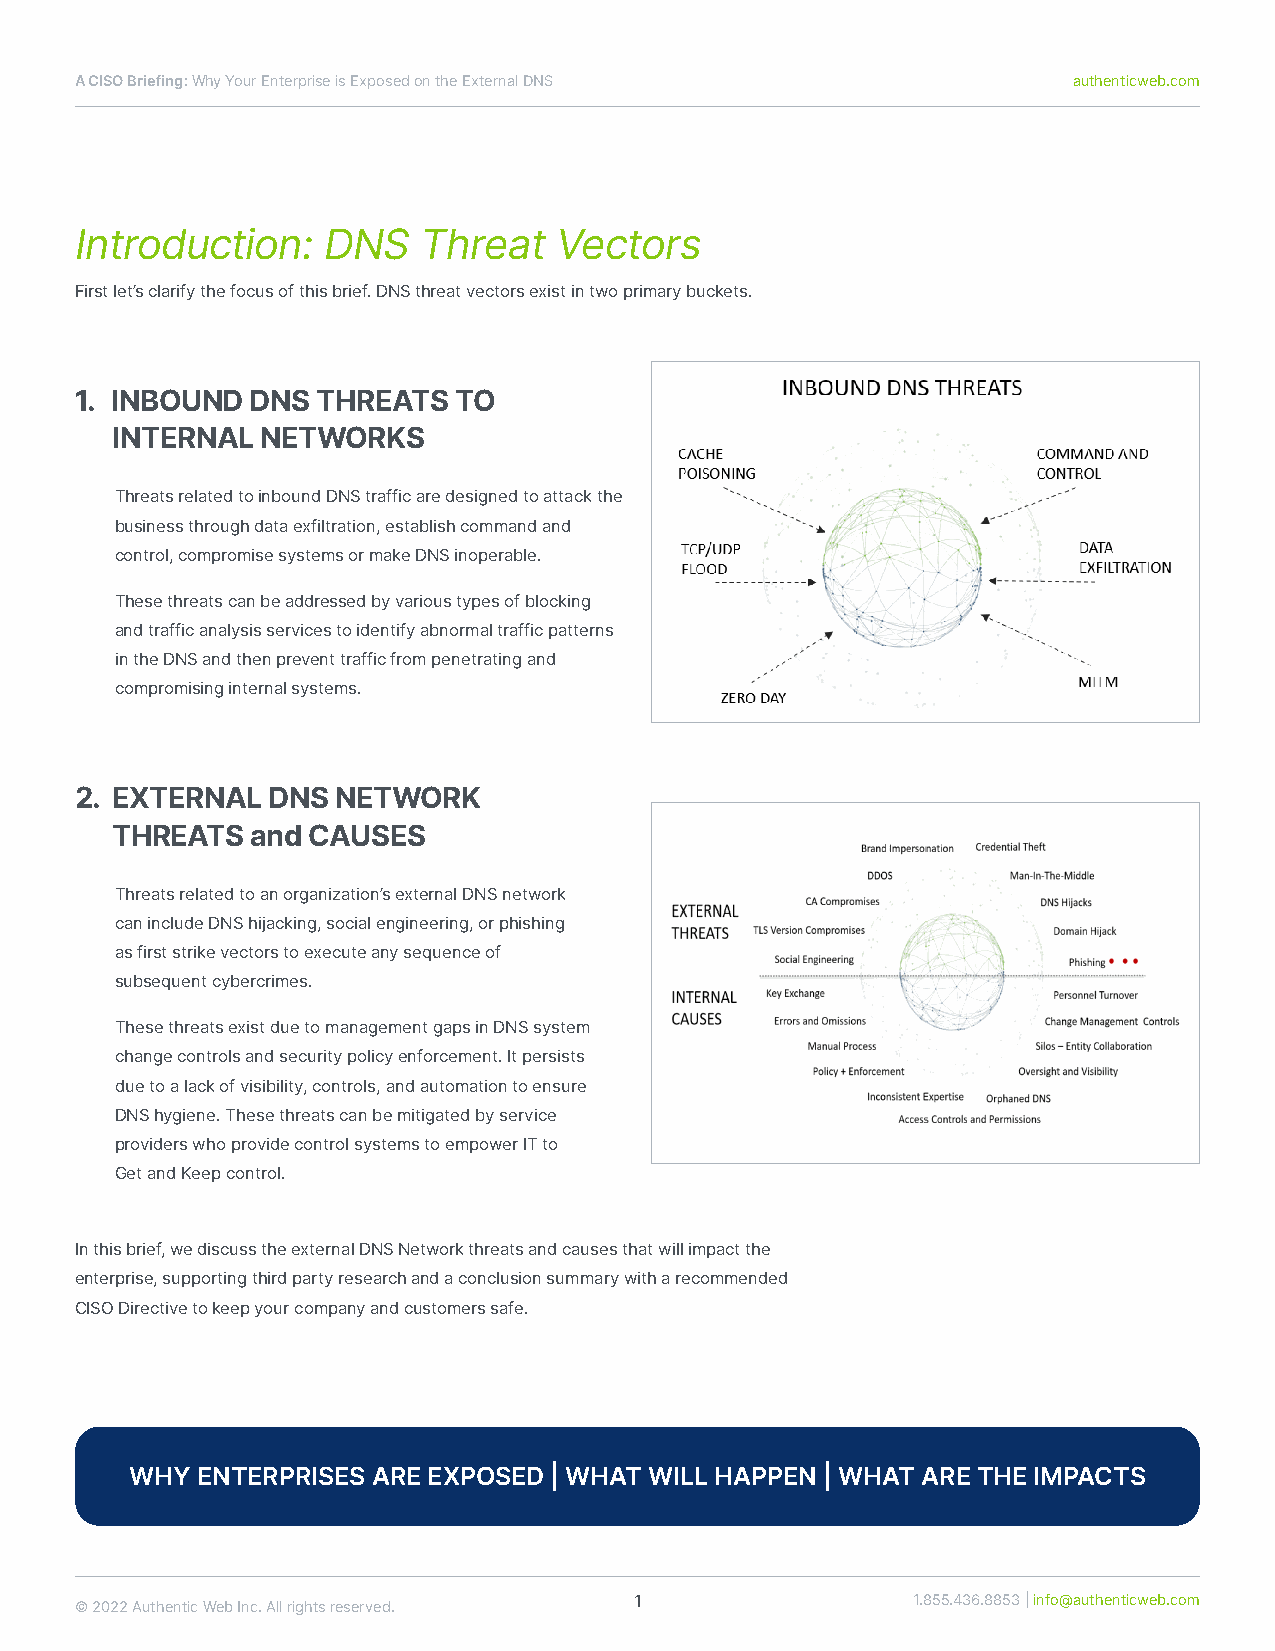
ACISOBriefing:WhyYourEnterpriseisExposedontheExternalDNS          authenticweb.com
 Introduction:   DNS    Threat   Vectors
 Firstlet’sclarifythefocusofthisbrief.DNSthreatvectorsexistintwoprimarybuckets.
 1. INBOUNDDNSTHREATSTO
 INTERNALNETWORKS
 ThreatsrelatedtoinboundDNStrafficaredesignedtoattackthe
 businessthroughdataexfiltration,establishcommandand
 control,compromisesystemsormakeDNSinoperable.
 Thesethreatscanbeaddressedbyvarioustypesofblocking
 andtrafficanalysisservicestoidentifyabnormaltrafficpatterns
 intheDNSandthenpreventtrafficfrompenetratingand
 compromisinginternalsystems.
 2. EXTERNALDNSNETWORK
 THREATSandCAUSES
 Threatsrelatedtoanorganization’sexternalDNSnetwork
 canincludeDNShĳacking,socialengineering,orphishing
 asfirststrikevectorstoexecuteanysequenceof
 subsequentcybercrimes.
 ThesethreatsexistduetomanagementgapsinDNSsystem
 changecontrolsandsecuritypolicyenforcement.Itpersists
 duetoalackofvisibility,controls,andautomationtoensure
 DNShygiene.Thesethreatscanbemitigatedbyservice
 providerswhoprovidecontrolsystemstoempowerITto
 GetandKeepcontrol.
 Inthisbrief,wediscusstheexternalDNSNetworkthreatsandcausesthatwillimpactthe
 enterprise,supportingthirdpartyresearchandaconclusionsummarywitharecommended
 CISODirectivetokeepyourcompanyandcustomerssafe.
 WHYENTERPRISESAREEXPOSED|WHATWILLHAPPEN|WHATARETHEIMPACTS
 1                 1.855.436.8853|info@authenticweb.com
 ©2022AuthenticWebInc.Allrightsreserved.